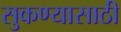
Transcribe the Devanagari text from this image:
सुकण्यासाठी